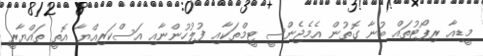
މީޑިއާ ރިޕޯޓުތައް ބުނާ ގޮތުން އެމެޖެންސީ ޓީމްތަކާއި ފުލުހުންނާއި އަސްކަރިއްޔާ އޮތީ ތައްޔާރީ